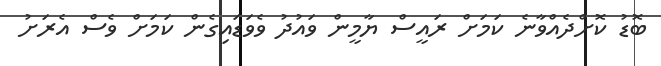
ބޮޑު ކޮށްދެއްވާނެ ކަމަށް ރައީސް ޔާމީން ވައުދު ވެވަޑައިގެން ކަމަށް ވެސް އެރަށު